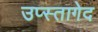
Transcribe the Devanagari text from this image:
उप्स्तागेद